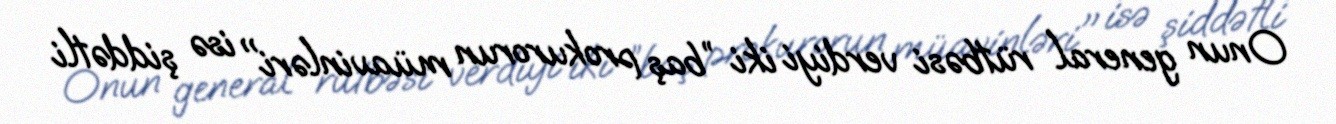
Onun general rütbəsi verdiyi iki ”baş prokurorun müavinləri" isə şiddətli